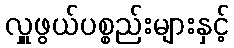
လှူဖွယ်ပစ္စည်းများနှင့်